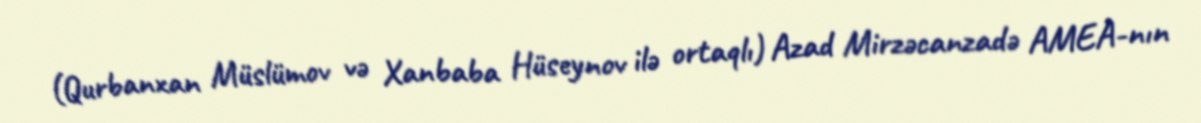
(Qurbanxan Müslümov və Xanbaba Hüseynov ilə ortaqlı) Azad Mirzəcanzadə AMEA-nın